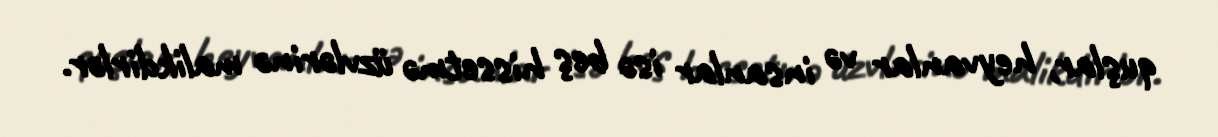
quşlar, heyvanlar və insanlar isə beş hissetmə üzvlərinə malikdirlər.